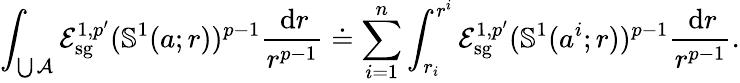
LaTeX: \int_{\bigcup\mathcal A}\mathcal E_{\mathrm{sg}}^{1,p^{\prime}}(\mathbb S^{1}(a;r))^{p-1}\frac{\, \mathrm dr}{r^{p-1}}\doteq\sum_{i=1}^{n}\int_{r_{i}}^{r^{i}}\mathcal E_{\mathrm{sg}}^{1,p^{\prime}}(\mathbb S^{1}(a^{i};r))^{p-1}\frac{\, \mathrm dr}{r^{p-1}}.